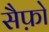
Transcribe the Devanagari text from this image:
सैफ़ो